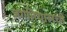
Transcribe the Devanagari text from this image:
जगतियालची